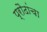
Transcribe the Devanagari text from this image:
प्रौढांचा